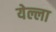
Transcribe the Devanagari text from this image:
येल्ला